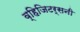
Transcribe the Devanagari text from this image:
व्हिजिटर्सनी